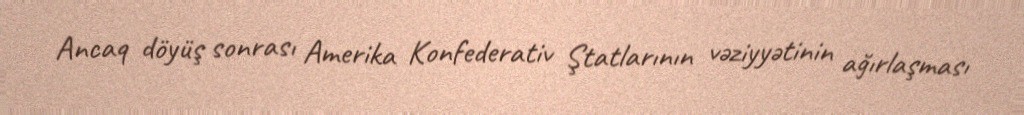
Ancaq döyüş sonrası Amerika Konfederativ Ştatlarının vəziyyətinin ağırlaşması